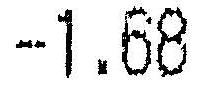
-1.68